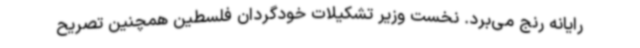
رایانه رنج می‌برد. نخست وزیر تشکیلات خودگردان فلسطین همچنین تصریح